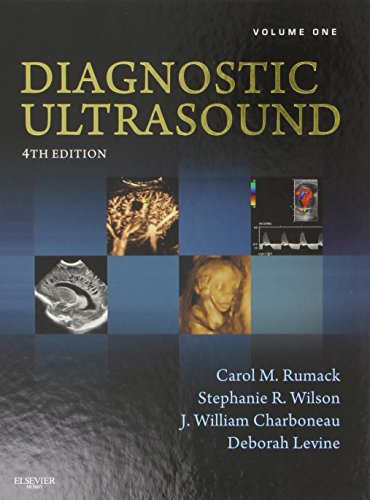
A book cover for Diagnostic Ultrasound, 2-Volume Set, 4e (Rumack, Diagnostic Ultrasound, 2 Vol Set); Carol M. Rumack MD  FACR; Medical Books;